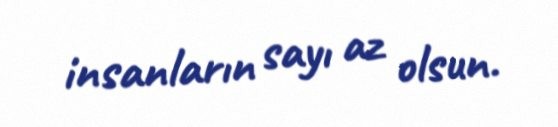
insanların sayı az olsun.